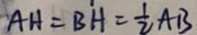
A H = B H = \frac { 1 } { 2 } A B